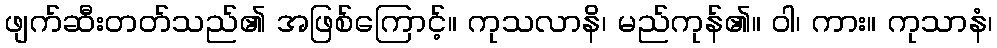
ဖျက်ဆီးတတ်သည်၏ အဖြစ်ကြောင့်။ ကုသလာနိ၊ မည်ကုန်၏။ ဝါ၊ ကား။ ကုသာနံ၊